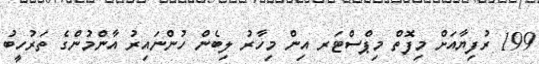
199 ރުފިޔާއަށް މިފޮތް މިޕްސްޓަރ އިން މިހާރު ލިބެން ހުންނައިރު އާންމުންގެ ތަރުހީބު